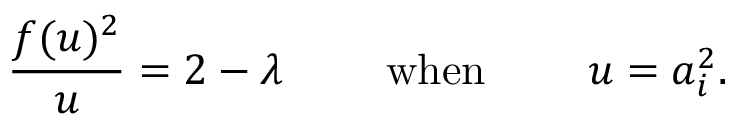
\frac { f ( u ) ^ { 2 } } { u } = 2 - \lambda \qquad \mathrm { ~ w h e n ~ } \qquad u = a _ { i } ^ { 2 } .